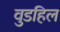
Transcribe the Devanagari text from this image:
वुडहिल